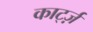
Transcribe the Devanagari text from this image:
कार्ट्ज़